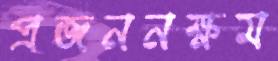
প্রজননক্ষম